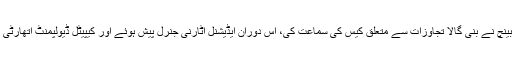
چیف جسٹس میاں ثاقب نثار کی سربراہی میں بینچ نے بنی گالا تجاوزات سے متعلق کیس کی سماعت کی، اس دوران ایڈیشنل اٹارنی جنرل پیش ہوئے اور کیپیٹل ڈیولپمنٹ اتھارٹی (سی ڈی اے) کی جانب سے رپورٹ پیش کی۔